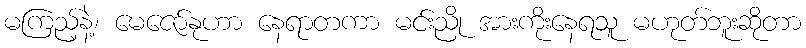
မကြည့်နဲ့၊ မေဇော်နုဟာ နေရာတကာ မင်းညို အားကိုးနေရသူ မဟုတ်ဘူးဆိုတာ